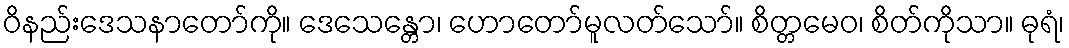
ဝိနည်းဒေသနာတော်ကို။ ဒေသေန္တော၊ ဟောတော်မူလတ်သော်။ စိတ္တမေဝ၊ စိတ်ကိုသာ။ ဓုရံ၊